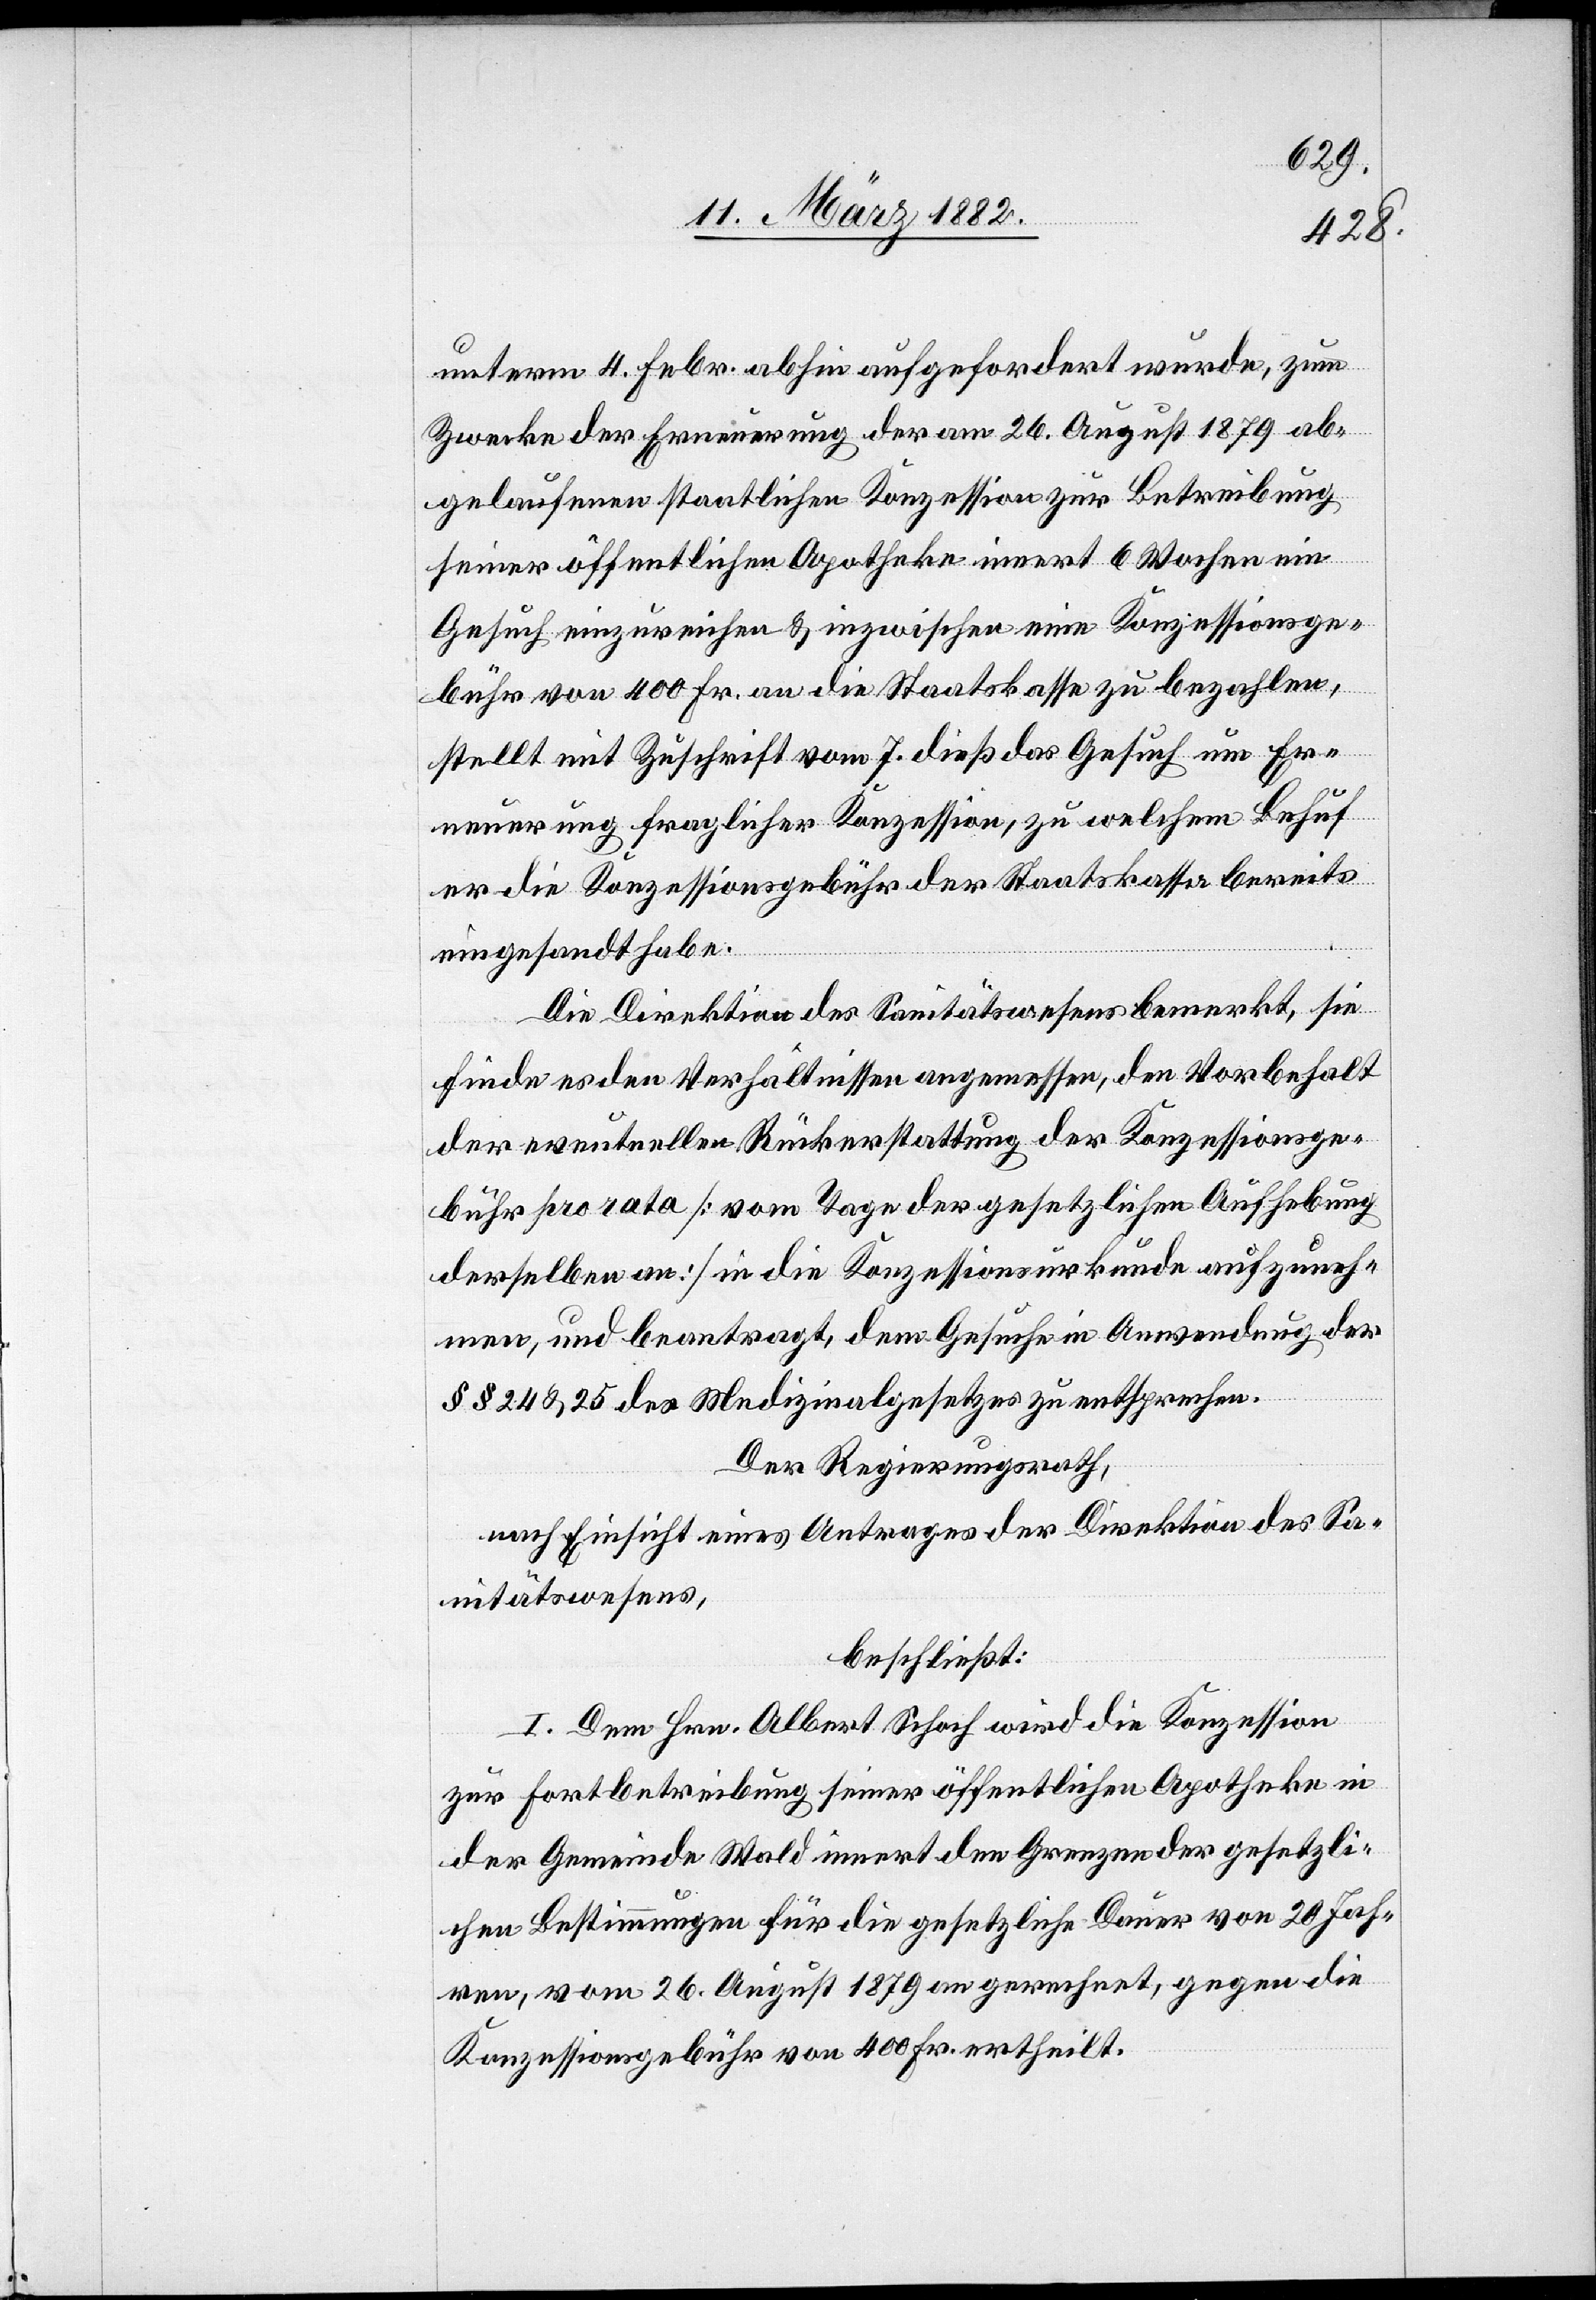
unterm 4. Febr. abhin aufgefordert wurde, zum
Zwecke der Erneuerung der am 26. August 1879 ab¬
gelaufenen staatlichen Konzession zur Betreibung
seiner öffentlichen Apotheke innert 6 Wochen ein
Gesuch einzureichen & inzwischen eine Konzessionsge¬
bühr von 400 Fr. an die Staatskasse zu bezahlen,
stellt mit Zuschrift vom 7. dieß das Gesuch um Er¬
neuerung fraglicher Konzession, zu welchem Behuf
er die Konzessionsgebühr der Staatskasse bereits
eingesandt habe.
Die Direktion des Sanitätswesens bemerkt, sie
finde es den Verhältnissen angemessen, den Vorbehalt
der eventuellen Rückerstattung der Konzessionsge¬
bühr pro rata [vom Tage der gesetzlichen Aufhebung
derselben an] in den Konzessionsurkunden aufzuneh¬
men, und beantragt, dem Gesuche in Anwendung der
§§ 24 & 25 des Medizinalgesetzes zu entsprechen.
Der Regierungsrath,
nach Einsicht eines Antrages der Direktion des Sa¬
nitätswesen,
beschließt:
I. Dem Hrn. Albert Schoch wird die Konzession
zur Fortbetreibung seiner öffentlichen Apotheke in
der Gemeinde Wald innert den Grenzen der gesetzli¬
chen Bestimmungen für die gesetzliche Dauer von 20 Jah¬
ren, vom 26. August 1879 an gerechnet, gegen die
Konzessionsgebühr von 400 Fr. ertheilt